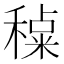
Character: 𰨶